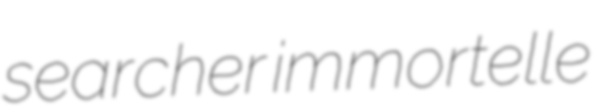
searcher immortelle